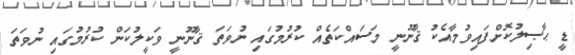
ޑީ ޙާޞިލުކޮށްފައިވުމާއެކު ޤާނޫނީ މަސައްކަތެއް ކުރުމުގައި ނުވަތަ ޤާނޫނީ ވަކީލުކަން ކުރުމުގައި ނުވަތަ